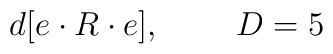
d[e\cdot R \cdot e], \;\;\;\;\;\;\;\; D=5